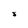
Character: J